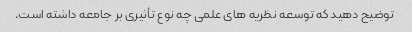
توضیح دهید که توسعه نظریه های علمی چه نوع تأثیری بر جامعه داشته است.